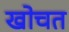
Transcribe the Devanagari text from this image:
खोचत